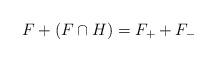
LaTeX: \begin{align*}F + (F\cap H) = F_+ + F_-\end{align*}